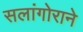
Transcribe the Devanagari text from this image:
सलांगोराने